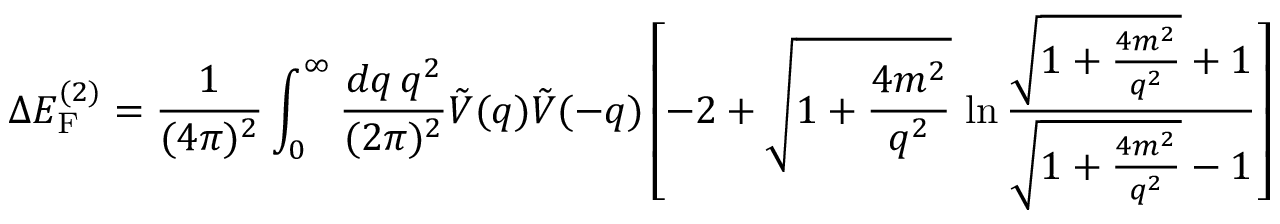
\Delta E _ { \mathrm { F } } ^ { ( 2 ) } = \frac { 1 } { ( 4 \pi ) ^ { 2 } } \int _ { 0 } ^ { \infty } \frac { d q \, q ^ { 2 } } { ( 2 \pi ) ^ { 2 } } \tilde { V } ( q ) \tilde { V } ( - q ) \left[ - 2 + \sqrt { 1 + \frac { 4 m ^ { 2 } } { q ^ { 2 } } } \, \ln \frac { \sqrt { 1 + \frac { 4 m ^ { 2 } } { q ^ { 2 } } } + 1 } { \sqrt { 1 + \frac { 4 m ^ { 2 } } { q ^ { 2 } } } - 1 } \right]